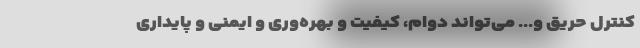
کنترل حریق و... می‌تواند دوام، کیفیت و بهره‌وری و ایمنی و پایداری